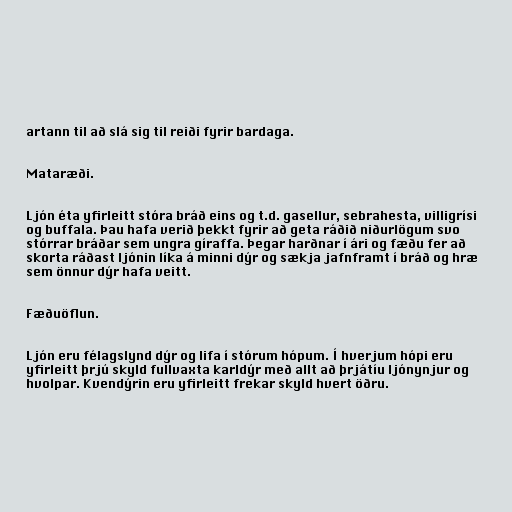
artann til að slá sig til reiði fyrir bardaga.

Mataræði.

Ljón éta yfirleitt stóra bráð eins og t.d. gasellur, sebrahesta, villigrísi
og buffala. Þau hafa verið þekkt fyrir að geta ráðið niðurlögum svo
stórrar bráðar sem ungra gíraffa. Þegar harðnar í ári og fæðu fer að
skorta ráðast ljónin líka á minni dýr og sækja jafnframt í bráð og hræ
sem önnur dýr hafa veitt.

Fæðuöflun.

Ljón eru félagslynd dýr og lifa í stórum hópum. Í hverjum hópi eru
yfirleitt þrjú skyld fullvaxta karldýr með allt að þrjátíu ljónynjur og
hvolpar. Kvendýrin eru yfirleitt frekar skyld hvert öðru.